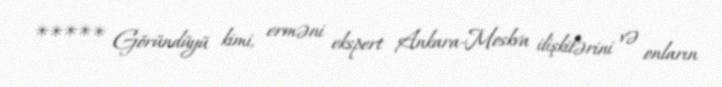
***** Göründüyü kimi, erməni ekspert Ankara-Moskva ilişkilərini və onların